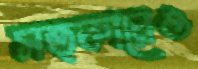
সত্কারেও